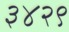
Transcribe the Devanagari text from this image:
३४२९